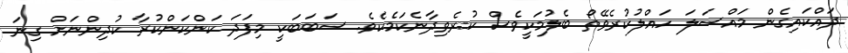
ދައްކައިގެން މައްސަލަ ހައްލުކުރެވޭތޯ ބެލުމަކީވެސް ކުރެވިދާނެކަމެކެވެ. ސަބަބަކީ މިފަދަ ކަންކަންކުރާ ކުދިންނަށް ގިނަ